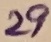
Text: 29